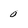
Character: 0